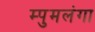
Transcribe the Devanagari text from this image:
म्पुमलंगा